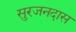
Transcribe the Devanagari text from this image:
सुरजनदास